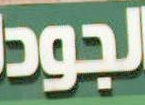
الجود